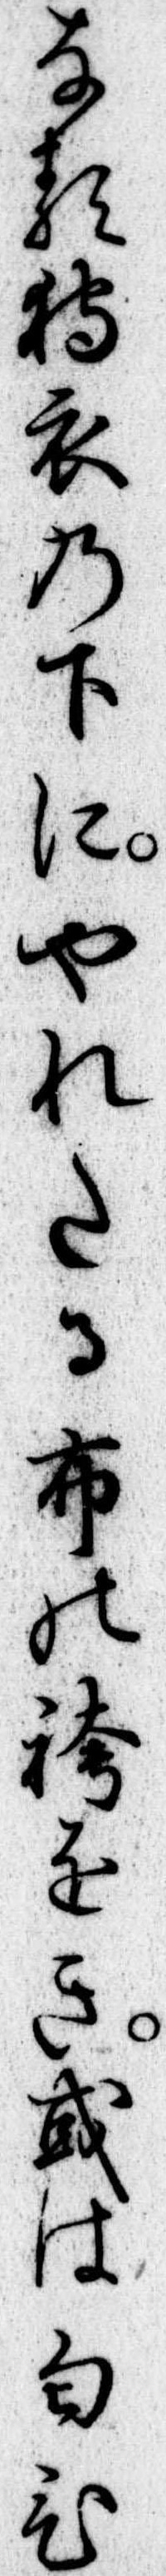
なる狩衣の下にやれたる布の袴をき或は匂ひ